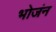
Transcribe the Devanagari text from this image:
भोजंन